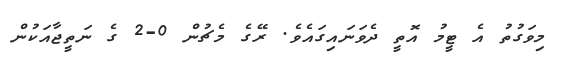
މިވަގުތު އެ ޓީމު އޮތީ ދެވަނައިގައެވެ. ރޭގެ މެޗުން 0-2 ގެ ނަތީޖާއަކުން